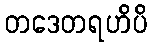
တဒေတရဟိပိ